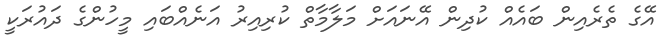
އޭގެ ތެރެއިން ބައެއް ކުދިން އޭނައަށް މަލާމާތް ކުރިއިރު އަނެއްބައި މީހުންގެ ދައުރަކީ